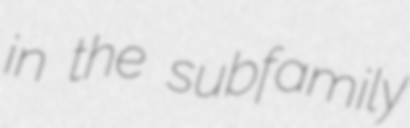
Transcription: in the subfamily